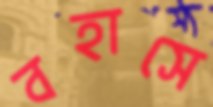
বহাসে